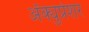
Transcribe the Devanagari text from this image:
अॅक्युप्रेशर